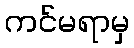
ကင်မရာမှ